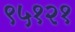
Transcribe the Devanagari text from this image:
९५१२१